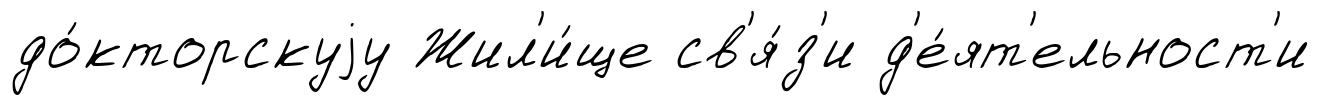
до́кторскуjу Жил'и́ще св'я́з'и д'е́ят'ельност'и